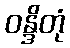
ဝန္ဒိတုံ